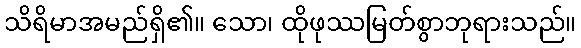
သိရိမာအမည်ရှိ၏။ သော၊ ထိုဖုဿမြတ်စွာဘုရားသည်။